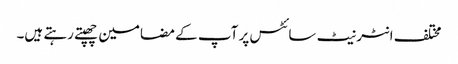
مختلف انٹر نیٹ سائٹس پر آپ کے مضامین چھپتے رہتے ہیں۔